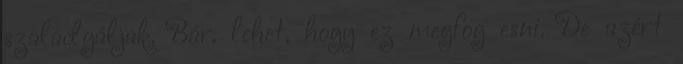
szaladgáljak. Bár. lehet, hogy ez megfog esni. De azért